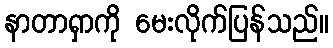
နာတာရှာကို မေးလိုက်ပြန်သည်။